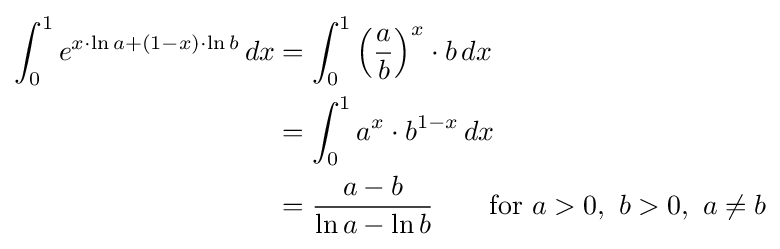
{\begin{aligned}\int _{0}^{1}e^{x\cdot \ln a+(1-x)\cdot \ln b}\,dx&=\int _{0}^{1}\left({\frac {a}{b}}\right)^{x}\cdot b\,dx\\&=\int _{0}^{1}a^{x}\cdot b^{1-x}\,dx\\&={\frac {a-b}{\ln a-\ln b}}\qquad {\text{for }}a>0,\ b>0,\ a\neq b\end{aligned}}